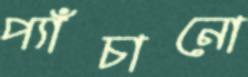
প্যাঁচানো